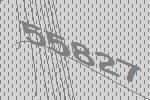
55827